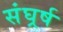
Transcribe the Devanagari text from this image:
संघर्र्ष